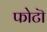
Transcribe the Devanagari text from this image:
फोटॊ